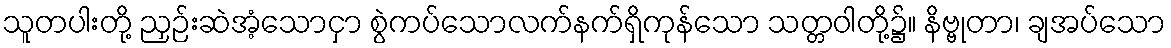
သူတပါးတို့ ညှဉ်းဆဲအံ့သောငှာ စွဲကပ်သောလက်နက်ရှိကုန်သော သတ္တဝါတို့၌။ နိဗ္ဗုတာ၊ ချအပ်သော